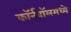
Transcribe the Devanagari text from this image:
कॉर्नवॉलमध्ये